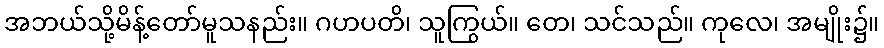
အဘယ်သို့မိန့်တော်မူသနည်း။ ဂဟပတိ၊ သူကြွယ်။ တေ၊ သင်သည်။ ကုလေ၊ အမျိုး၌။